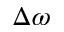
\Delta \omega